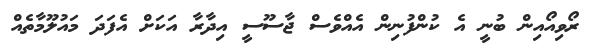
ރޯވިއޯއިން ބުނީ އެ ކުންފުނިން އެއްވެސް ޖާސޫސީ އިދާރާ އަކަށް އެފަދަ މައުލޫމާތެއް